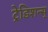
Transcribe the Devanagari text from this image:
ट्रेडिशन्स्‌